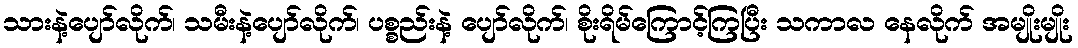
သားနဲ့ပျော်လိုက်၊ သမီးနဲ့ပျော်လိုက်၊ ပစ္စည်းနဲ့ ပျော်လိုက်၊ စိုးရိမ်ကြောင့်ကြပြီး သကာလ နေလိုက် အမျိုးမျိုး